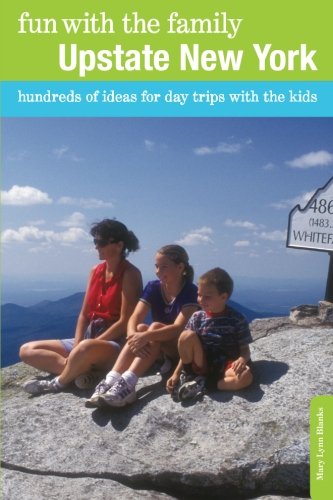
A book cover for Fun with the Family Upstate New York: Hundreds of Ideas for Day Trips with the Kids (Fun with the Family Series); Mary Lynn Blanks; Travel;